Scottish Education Department, 1936
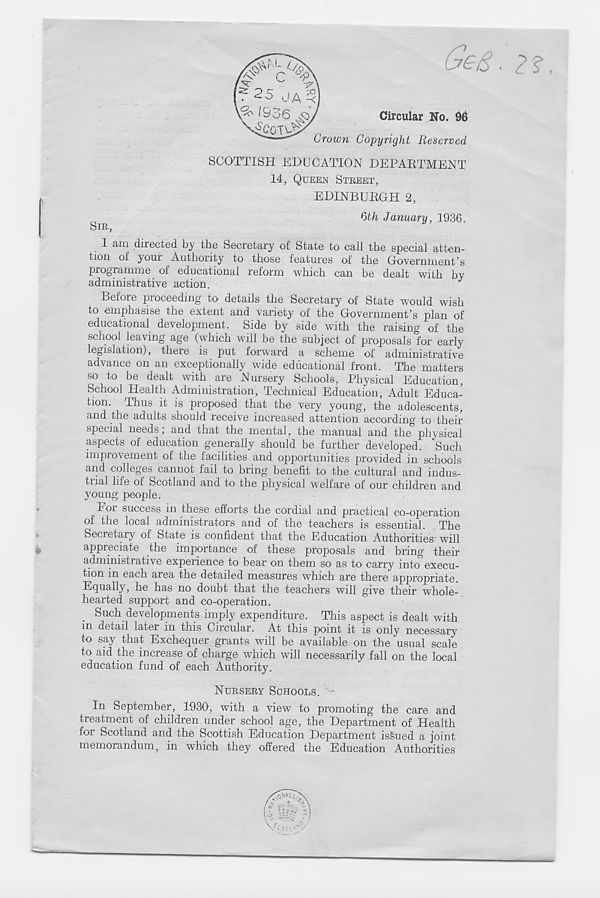
Geg. 2?
Grown Copyright Reserved
Circular No. 96
SIB,
SCOTTISH EDUCATION DEPARTMENT
14, QUEEN STBEET,
EDINBURGH 2,
Qth January, 1936.
1 am directed by the Secretary of State to call the special atten-
tion of youi Authonty to those features of the Government’s
programme of educational reform which can be dealt with by
administrative action.
J
Before proceeding to details the Secretary of State would wish
to emphasise the extent and variety of the Government’s plan of
educational development. Side by side with the raising of the
school leaving age (which will be the subject of proposals for early
legislation), there is put forward a scheme of administrative
advance on an exceptionally wide educational front. The matters
so to be dealt with are Nursery Schools, Physical Education,
School Health Administration, Technical Education, Adult Educa-
tion. Thus it is proposed that the very young, the adolescents,
and the adults should receive increased attention according to their
special needs; and that the mental, the manual and the physical
aspects of education generally should be further developed. Such
improvement of the facilities and opportunities provided in schools
and colleges cannot fail to bring benefit to the cultural and indus-
trial life of Scotland and to the physical welfare of our children and
young people.
loi success in these efforts the cordial and practical co-operation
of the local administrators and of the teachers is essential. The
Secretary of State is confident that the Education Authorities will
appreciate the importance of these proposals and bring their
administrative experience to bear on them so as to carry into execu-
tion in each area the detailed measures which are there appropriate.
Equally, he has no doubt that the teachers will give their whole-
hearted support and co-operation.
Such developments imply expenditure. This aspect is dealt with
in detail later in this Circular. At this point it is only necessary
to say that Exchequer grants will be available on the usual scale
to aid the increase of charge which will necessarily fall on the local
education fund of each Authority.
NUBSEBY SCHOOLS.
In September, 1930, with a view to promoting the care and
treatment of children under school age, the Department of Health
for Scotland and the Scottish Education Department issued a joint
memorandum, in which they offered the Education Authorities